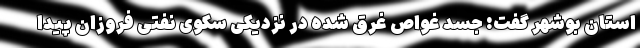
استان بوشهر گفت: جسد غواص غرق شده در نزدیکی سکوی نفتی فروزان پیدا